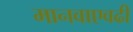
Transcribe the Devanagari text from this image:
मानवाएवढी